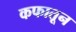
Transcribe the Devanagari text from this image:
कफातून